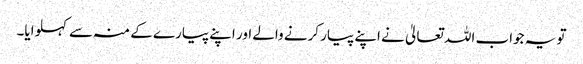
تو یہ جواب اللہ تعالیٰ نے اپنے پیار کرنے والے اور اپنے پیارے کے منہ سے کہلوایا۔